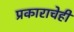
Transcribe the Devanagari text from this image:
प्रकाराचेही